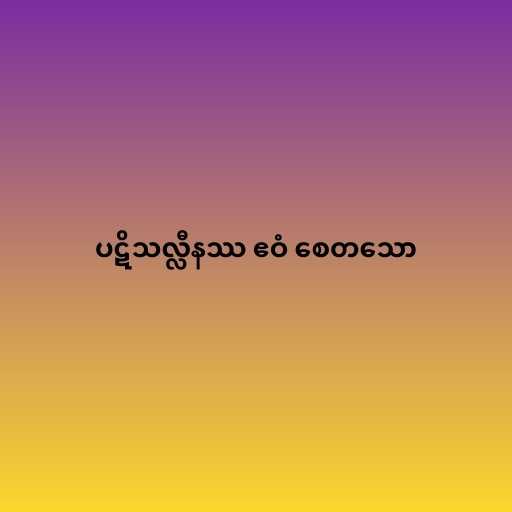
ပဋိသလ္လီနဿ ဧဝံ စေတသော